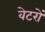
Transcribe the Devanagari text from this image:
वेटरों